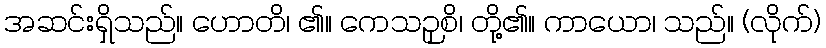
အဆင်းရှိသည်။ ဟောတိ၊ ၏။ ကေသဉှစိ၊ တို့၏။ ကာယော၊ သည်။ (လိုက်)